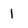
Character: 1